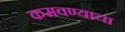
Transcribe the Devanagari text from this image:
कमवण्याचा